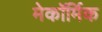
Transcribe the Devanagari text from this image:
मेकॉर्मिक